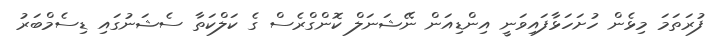
ފުރަތަމަ މިޅެން ހުށަހަޅާފައިވަނީ އިންޑިއަން ނޭޝަނަލް ކޮންގްރެސް ގެ ކަލްކަތާ ސެޝަނުގައި ޑިސެމްބަރު